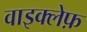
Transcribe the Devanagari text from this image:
वाइक्लेफ़